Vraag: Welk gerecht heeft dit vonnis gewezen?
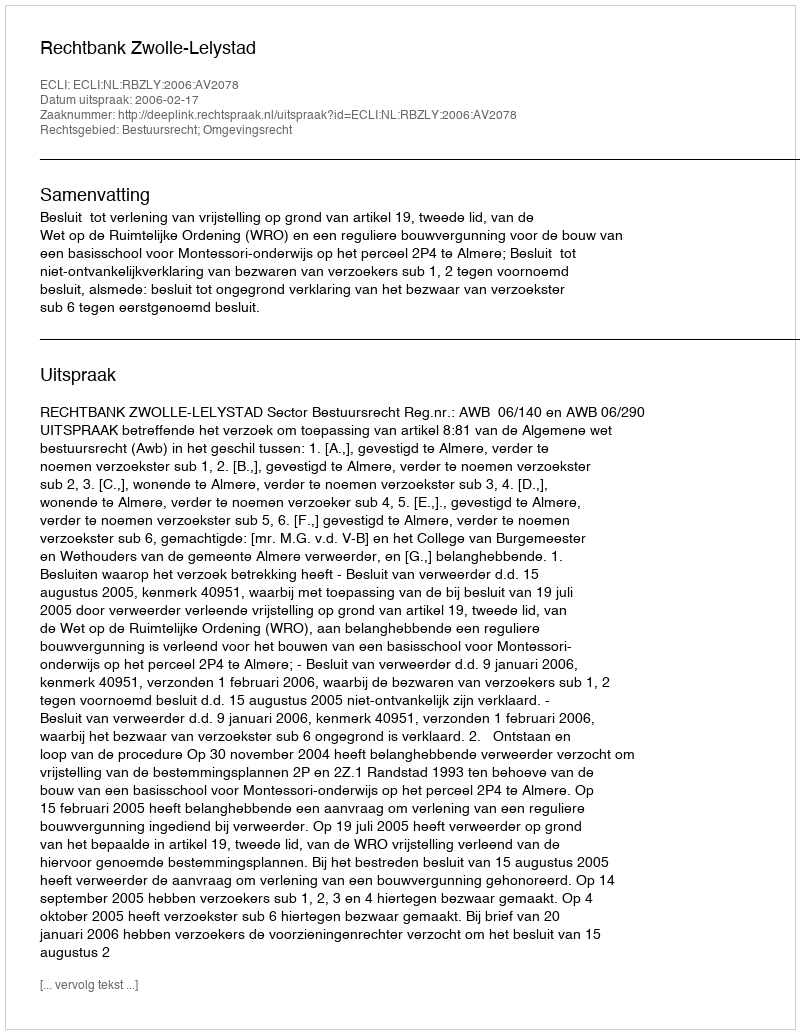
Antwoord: Rechtbank Zwolle-Lelystad